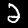
Label: 2